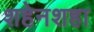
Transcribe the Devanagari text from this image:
शहेनशहा